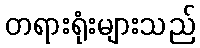
တရားရုံးများသည်